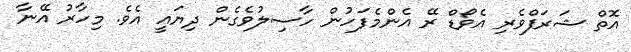
އޮތް ޝަރަފްވެރި އެވޯޑް ރޭ އެންމެފަހުން ހާސިލުވެގެން ދިޔައީ އެވެ. މިހާރު އޭނާ